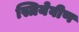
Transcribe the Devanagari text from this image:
स्त्रियेवीण